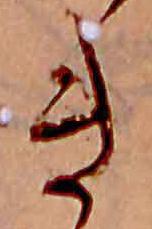
き